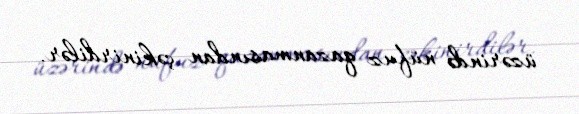
üzərində nüfuz qazanmasından çəkinirdilər.